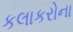
કલાકરોના